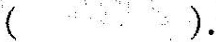
( ).